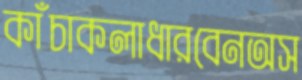
কাঁচাকলাধারবেনঅস